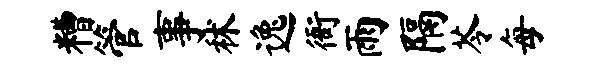
糟管事秫逸衙雨隔苓每